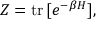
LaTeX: Z = \mathrm { t r } \, [ e ^ { - \beta H } ] ,